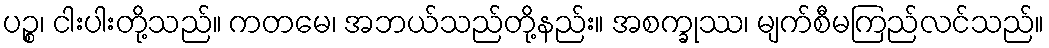
ပဉ္စ၊ ငါးပါးတို့သည်။ ကတမေ၊ အဘယ်သည်တို့နည်း။ အစက္ခုဿ၊ မျက်စီမကြည်လင်သည်။